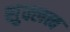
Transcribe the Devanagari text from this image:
शुक्लत्व